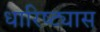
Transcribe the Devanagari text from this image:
धारिष्ट्यास